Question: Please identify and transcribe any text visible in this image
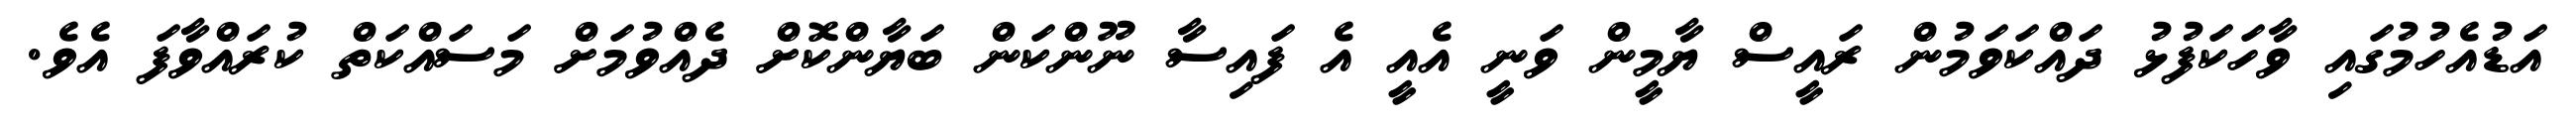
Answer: އަޑުއެހުމުގައި ވާހަކަފުޅު ދައްކަވަމުން ރައީސް ޔާމީން ވަނީ އެއީ އެ ފައިސާ ނޫންކަން ބަޔާންކޮށް ދެއްވުމަށް މަސައްކަތް ކުރައްވާފަ އެވެ.